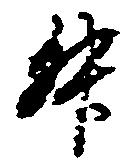
升